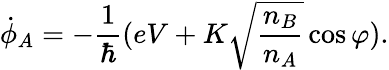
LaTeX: {\dot{\phi}}_{A}=-{\frac{1}{\hbar}}(eV+K{\sqrt{\frac{n_{B}}{n_{A}}}}\cos\varphi).